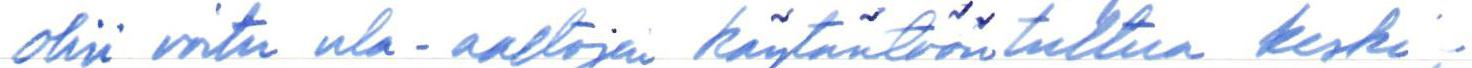
olisi voitu ula-aaltojen käytäntöön tultua keski-